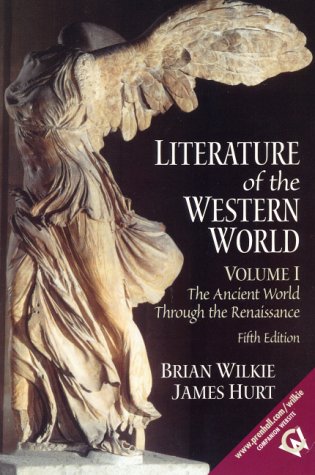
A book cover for Literature of the Western World, Volume I: The Ancient World Through the Renaissance (5th Edition); Brian Wilkie; Reference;